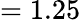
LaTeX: =1.25